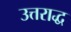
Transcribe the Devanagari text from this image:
उत्तराद्ध